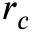
r _ { c }